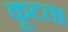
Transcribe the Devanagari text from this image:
कूटता